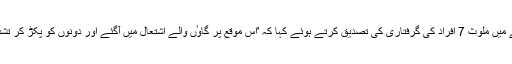
انھوں نے واقعے میں ملوث 7 افراد کی گرفتاری کی تصدیق کرتے ہوئے کہا کہ 'اس موقع پر گاوٴں والے اشتعال میں آگئے اور دونوں کو پکڑ کر تشدد کا نشانہ بنایا'۔